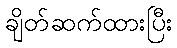
ချိတ်ဆက်ထားပြီး